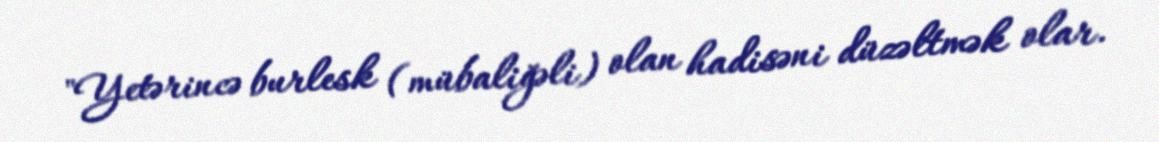
"Yetərincə burlesk (mübaliğəli) olan hadisəni düzəltmək olar.